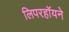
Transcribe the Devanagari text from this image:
लिपरहॉयने